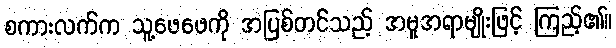
စကားလက်က သူ့ဖေဖေကို အပြစ်တင်သည့် အမူအရာမျိုးဖြင့် ကြည့်၏။